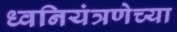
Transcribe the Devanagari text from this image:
ध्वनियंत्रणेच्या